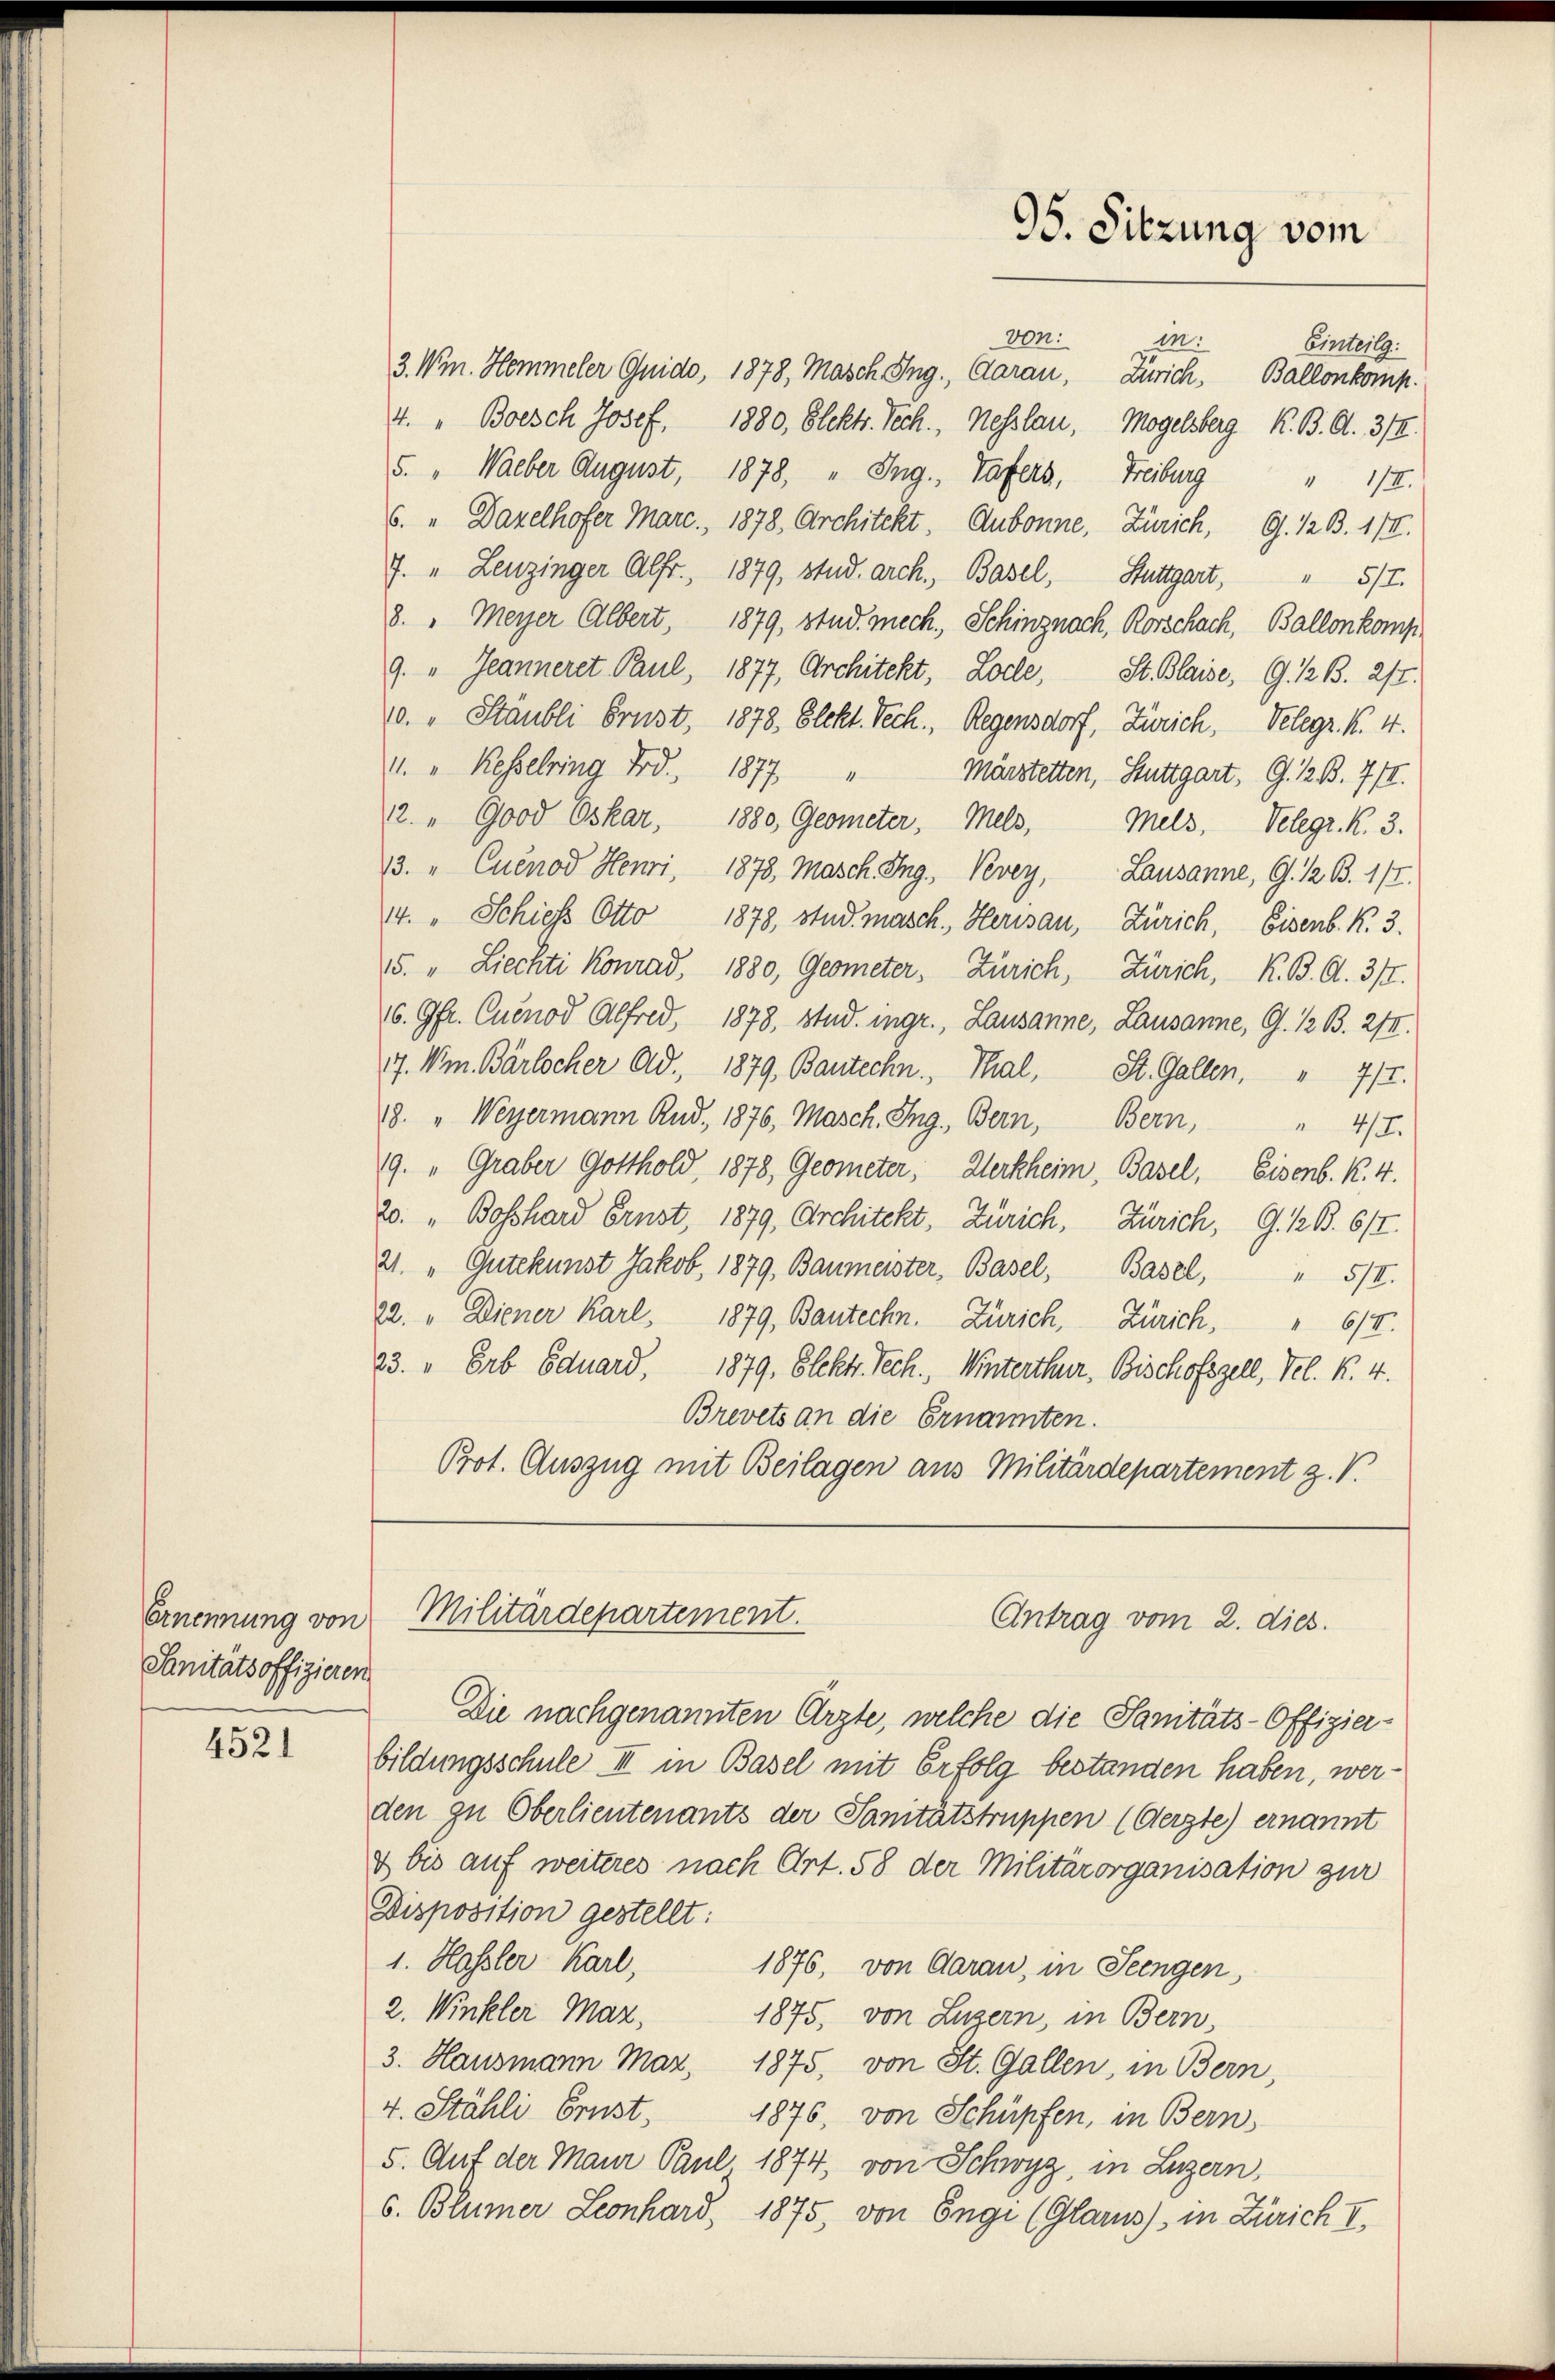
Ernennung von
Sanitätsoffizieren

4521

95. Sitzung vom

von:
.
3. Win. Hemmeler Guido, 1878, Masch Ing. Daran, Zürich, Ballonkomp.
4. " Boesch Josef, 1880, Elektr. Tech., Nesslau, Mogelsberg K. B. Al. 3/4.
5. " Waeber August, 1878, " Ing., Tafers, Freiburg " 1/4.
6. " Dazelhofer Marc., 1878, Architekt. Aubonne, Zürich, G. 12 B. 1/4.
J. „Leuzinger Alfr., 1879, stud. Arch., Basel, Stuttgart, " 5/I.
8. " Meyer Albert, 1879, stud. mech. Schinznach, Rorschach, Ballenkomp
9. " Jeanneret Paul, 1877, Architekt, Loche, St. Blaise, G. K. B. 277.
0. " Stäubli brust, 1878. Elekt. Tech., Regensdorf, Zürich, Velegr. K. 4.
". " Kesselring Fr. 1877.
4
Märstetten, Stuttgart, G. K. B. 7 II.
12. " Good Oskar, 1880, Geometer, Mels,
Mels, Telegr. K. 3.
13. " Cuenod Henri, 1878, Masch. Ing. Vevey, Lausanne, G. 12 B. 1/2.
44. " Schiess Otto 1878, stud. masch. Herisau, Zürich, Eisenb. R. 3.
15. " Liechti Konrad, 1880, Geometer, Zürich, Zürich, K. B. Al. 377.
6. Gfr. Cuenod Alfred, 1878, stud. ingr., Lausanne, Lausanne, G. 12 B. 27.
17. Wm. Bärlocher Ad. 1879, Bautechn. Thal, St. Gallen. " 7/7.
18. " Weyermann Rud. 1876, Masch. Ing. Bern, Bern, " 4/I.
9. " Graber Gotthold, 1878, Geometer, Wertheim, Basel, Eisenb. K. 4.
20. „ Bosshard Ernst, 1879, Architekt, Zürich. Zürich, G. 12 B. 617.
21. „Gutekunst Jakob, 1879, Baumeister, Basel, Basel, " 5/I.
22. „Diener Karl, 1879, Bautechn. Zürich, Zürich, " 614.
23. „Erb Eduard, 1879. Elektr. Tech., Winterthur, Bischofszell, Vel. K. 4.
Brevets an die Ernannten.
Pot. Auszug mit Beilagen aus Militärdepartement z. V.

Einteilg:

Militärdepartement.
Antrag vom 2. dies.

Die nachgenannten Ärzte, welche die Sanitäts-Offizier-
bildungsschule III in Basel mit Erfolg bestanden haben, werden zu Oberlieutenants der Sanitätstruppen (Gerzte) ernannt
4 bis auf weiteres nach Art. 58 der Militärorganisation zur
Disposition gestellt:
1. Hassler Karl,
1876, von Aarau, in Seengen,
2. Winkler Mar,
1875, von Luzern, in Bern,
3. Hausmann Maz, 1875, von St. Gallen, in Bern,
4. Stähli Ernst.
1876, von Schüpfen, in Bern,
5. Auf der Maur Paul 1874, von Schwyz, in Luzern,
6. Blümer Leonhard, 1875, von Enge (Glarus, in Zürich I,